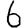
Digit: 6